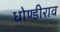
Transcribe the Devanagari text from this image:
धोण्डीराव